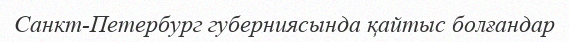
Санкт-Петербург губерниясында қайтыс болғандар